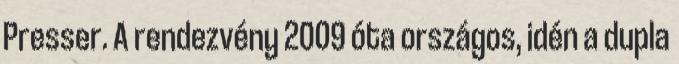
Presser. A rendezvény 2009 óta országos, idén a dupla